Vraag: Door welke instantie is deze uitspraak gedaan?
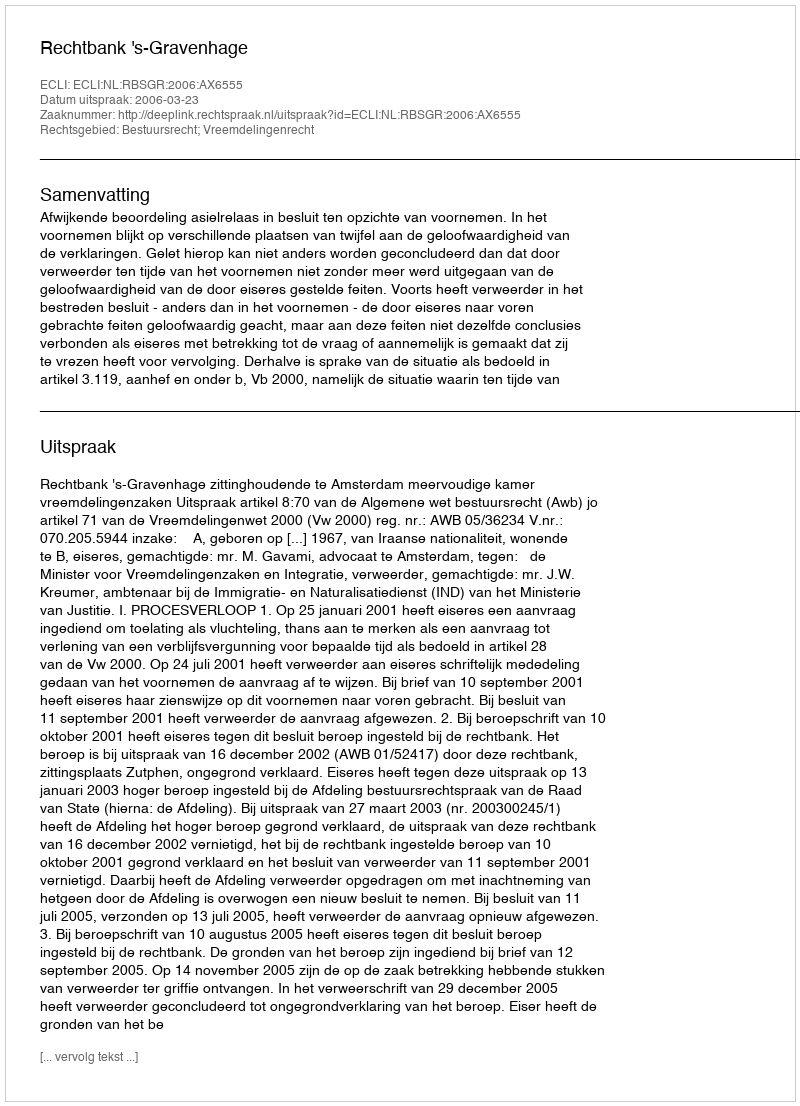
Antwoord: Rechtbank 's-Gravenhage